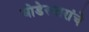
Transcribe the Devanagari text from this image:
घोडेस्वारांचे